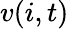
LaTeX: v(i,t)